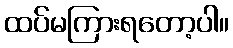
ထပ်မကြားရတော့ပါ။